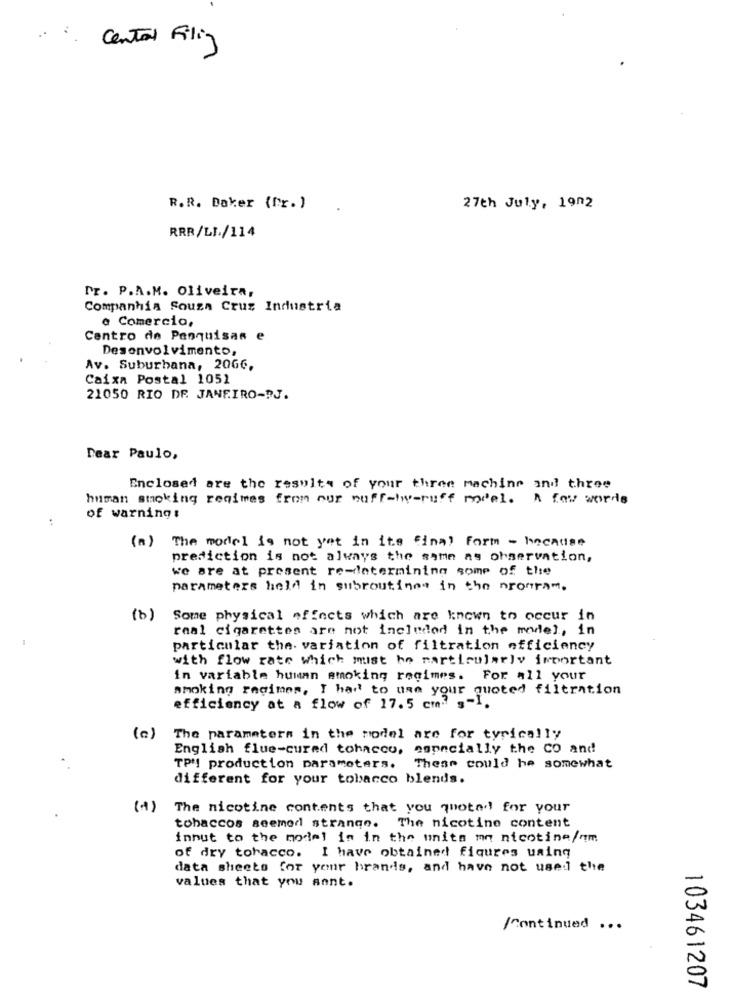
:
Central Filiz
R.R. Daher (Nr.)
27th July, 1902
RRR/LI./114
Pr. P.A.M. Oliveira,
Companhia Souza Crus Industria
@ Comercio,
Centro de Pesquisas e
Desenvolvimento,
Av. Suburbana, 20G6,
Caixa Postal 1051
21050 RIO DE JANEIRO-RJ.
Dear Paulo,
Enclosed are the results of your three machine and three
human smoking regimes from our nuff-lw-ruff model. A few words
:
of warning :
(a) The model is not yet in its Final Form - because
prediction is not always the same as observation,
we are at present re-latermining some of the
parameters held in subroutines in the nForam.
(b)
Some physical effects which are known to occur in
real cigarettes are not included in the model, in
particular the. variation of filtration efficiency
with flow rate which must be particularly important
in variable human smoking regimes. For all your
smoking regimes, I had to use your quoted filtration
efficiency at a flow of 17.5 cm. s-I.
(a)
The parameters in the model are for typically
English flue-cured tohaccu, especially the CO and
TPM! production parameters.
These could he somewhat
different for your tobacco blends.
The nicotine contents that you quoted for your
tobaccos seemed strange. The nicotine content
innut to the model in in the units mn nicotine/qm
of dry tobacco. I have obtained figures using
data sheets for your brands, and have not used the
values that you sont.
/Continued ...
103461207